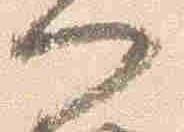
門